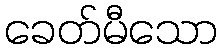
ခေတ်မီသော